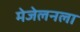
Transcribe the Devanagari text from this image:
मेजेलनला